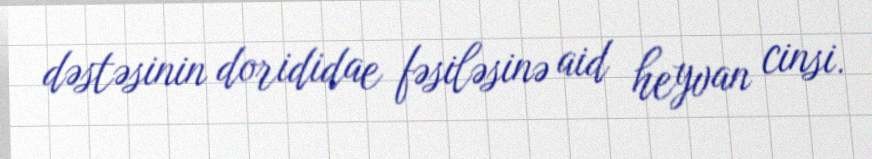
dəstəsinin dorididae fəsiləsinə aid heyvan cinsi.